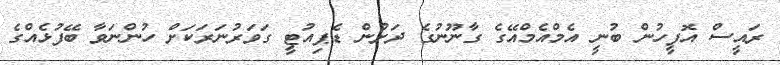
ރައީސް އޮފީހުން ބުނީ އެމްއެމްއޭގެ ގާނޫނުގެ ދަށުން ޑެޕިއުޓީ ގަވަރުނަރަކަށް ހުންނަވާ ބޭފުޅެއްގެ